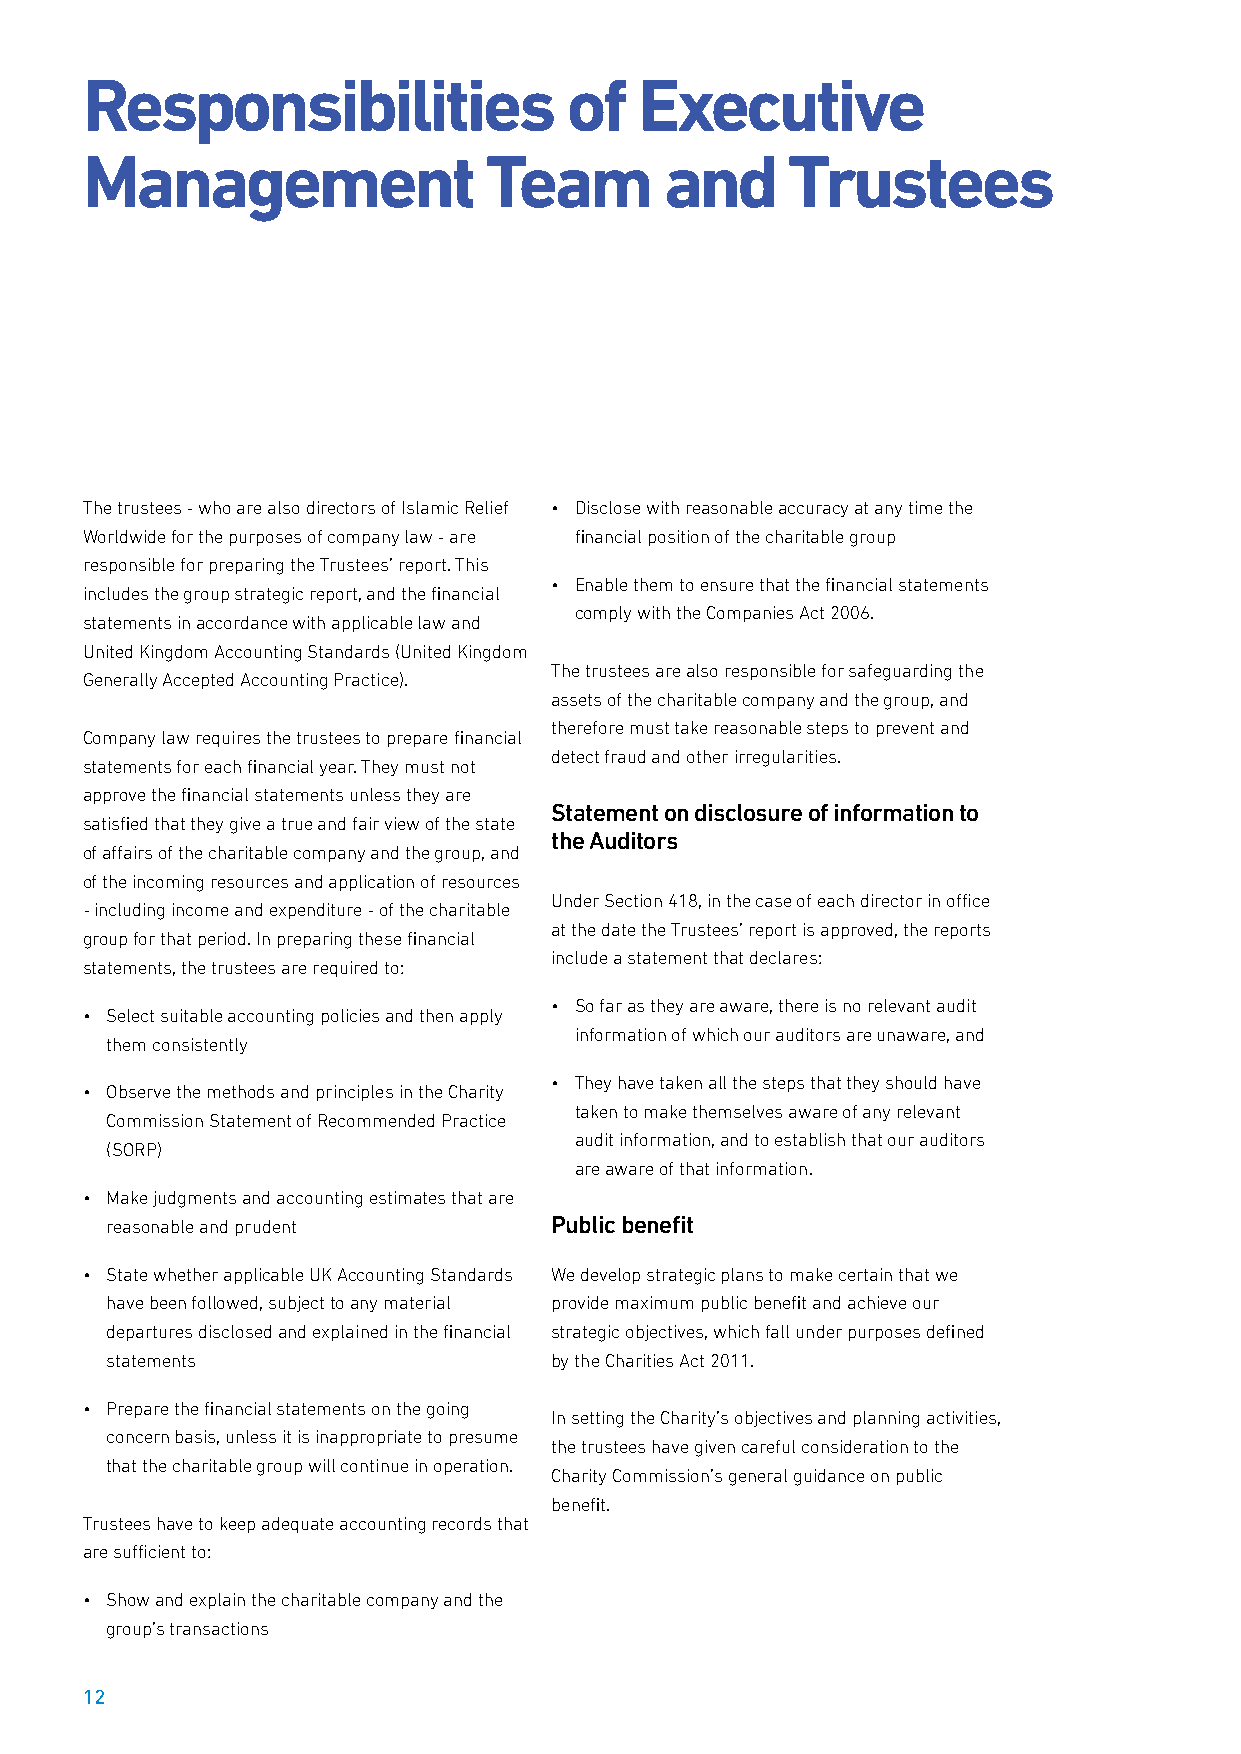
Responsibilities                of   Executive
 Management                 Team        and     Trustees
 The trustees - who are also directors of Islamic Relief • Disclose with reasonable accuracy at any time the
 Worldwide for the purposes of company law - are financial position of the charitable group
 responsible for preparing the Trustees’ report. This
 • Enable them to ensure that the financial statements
 includes the group strategic report, and the financial
 comply with the Companies Act 2006.
 statements in accordance with applicable law and
 United Kingdom Accounting Standards (United Kingdom
 The trustees are also responsible for safeguarding the
 Generally Accepted Accounting Practice).
 assets of the charitable company and the group, and
 therefore must take reasonable steps to prevent and
 Company law requires the trustees to prepare financial
 detect fraud and other irregularities.
 statements for each financial year. They must not
 approve the financial statements unless they are
 Statement on disclosure of information to
 satisfied that they give a true and fair view of the state
 the Auditors
 of affairs of the charitable company and the group, and
 of the incoming resources and application of resources
 Under Section 418, in the case of each director in office
 - including income and expenditure - of the charitable
 at the date the Trustees’ report is approved, the reports
 group for that period. In preparing these financial
 include a statement that declares:
 statements, the trustees are required to:
 • So far as they are aware, there is no relevant audit
 • Select suitable accounting policies and then apply
 information of which our auditors are unaware, and
 them consistently
 • They have taken all the steps that they should have
 • Observe the methods and principles in the Charity
 taken to make themselves aware of any relevant
 Commission Statement of Recommended Practice
 audit information, and to establish that our auditors
 (SORP)
 are aware of that information.
 • Make judgments and accounting estimates that are
 reasonable and prudent       Public benefit
 • State whether applicable UK Accounting Standards We develop strategic plans to make certain that we
 have been followed, subject to any material provide maximum public benefit and achieve our
 departures disclosed and explained in the financial strategic objectives, which fall under purposes defined
 statements                   by the Charities Act 2011.
 • Prepare the financial statements on the going
 In setting the Charity’s objectives and planning activities,
 concern basis, unless it is inappropriate to presume
 the trustees have given careful consideration to the
 that the charitable group will continue in operation.
 Charity Commission’s general guidance on public
 benefit.
 Trustees have to keep adequate accounting records that
 are sufficient to:
 • Show and explain the charitable company and the
 group’s transactions
 12